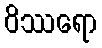
ဝိဿရော